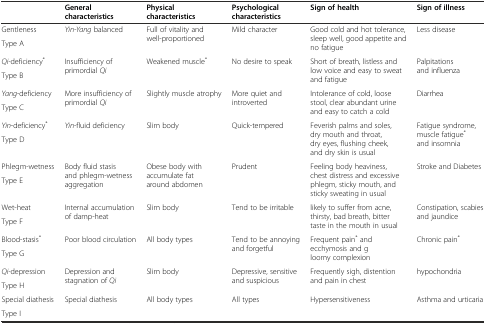
|  | General characteristics | Physical characteristics | Psychological characteristics | Sign of health | Sign of illness |
 | --- | --- | --- | --- | --- | --- |
 | Gentleness | <ROWSPAN=2> Yin-Yang balanced | <ROWSPAN=2> Full of vitality and well-proportioned | <ROWSPAN=2> Mild character | <ROWSPAN=2> Good cold and hot tolerance, sleep well, good appetite and no fatigue | <ROWSPAN=2> Less disease |
 | Type A |
 | Qi-deficiency* | <ROWSPAN=2> Insufficiency of primordial Qi | <ROWSPAN=2> Weakened muscle* | <ROWSPAN=2> No desire to speak | <ROWSPAN=2> Short of breath, listless and low voice and easy to sweat and fatigue | <ROWSPAN=2> Palpitations and influenza |
 | Type B |
 | Yang-deficiency | <ROWSPAN=2> More insufficiency of primordial Qi | <ROWSPAN=2> Slightly muscle atrophy | <ROWSPAN=2> More quiet and introverted | <ROWSPAN=2> Intolerance of cold, loose stool, clear abundant urine and easy to catch a cold | <ROWSPAN=2> Diarrhea |
 | Type C |
 | Yin-deficiency* | <ROWSPAN=2> Yin-fluid deficiency | <ROWSPAN=2> Slim body | <ROWSPAN=2> Quick-tempered | <ROWSPAN=2> Feverish palms and soles, dry mouth and throat, dry eyes, flushing cheek, and dry skin is usual | <ROWSPAN=2> Fatigue syndrome, muscle fatigue* and insomnia |
 | Type D |
 | Phlegm-wetness | <ROWSPAN=2> Body fluid stasis and phlegm-wetness aggregation | <ROWSPAN=2> Obese body with accumulate fat around abdomen | <ROWSPAN=2> Prudent | <ROWSPAN=2> Feeling body heaviness, chest distress and excessive phlegm, sticky mouth, and sticky sweating in usual | <ROWSPAN=2> Stroke and Diabetes |
 | Type E |
 | Wet-heat | <ROWSPAN=2> Internal accumulation of damp-heat | <ROWSPAN=2> Slim body | <ROWSPAN=2> Tend to be irritable | <ROWSPAN=2> likely to suffer from acne, thirsty, bad breath, bitter taste in the mouth in usual | <ROWSPAN=2> Constipation, scabies and jaundice |
 | Type F |
 | Blood-stasis* | <ROWSPAN=2> Poor blood circulation | <ROWSPAN=2> All body types | <ROWSPAN=2> Tend to be annoying and forgetful | <ROWSPAN=2> Frequent pain* and ecchymosis and gloomy complexion | <ROWSPAN=2> Chronic pain* |
 | Type G |
 | Qi-depression | <ROWSPAN=2> Depression and stagnation of Qi | <ROWSPAN=2> Slim body | <ROWSPAN=2> Depressive, sensitive and suspicious | <ROWSPAN=2> Frequently sigh, distention and pain in chest | <ROWSPAN=2> hypochondria |
 | Type H |
 | Special diathesis | <ROWSPAN=2> Special diathesis | <ROWSPAN=2> All body types | <ROWSPAN=2> All types | <ROWSPAN=2> Hypersensitiveness | <ROWSPAN=2> Asthma and urticaria |
 | Type I |